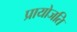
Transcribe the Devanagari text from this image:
प्रायोजति